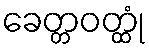
ခေတ္တဝတ္ထုံ